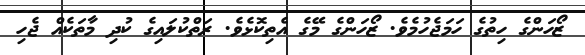
ޒޯހަންގެ ހިތުގެ ހަމަޖެހުމެވެ. ޒޯހަންގެ މޭގެ އެތިކޮޅެވެ. ރަތްކުލައިގެ ކުދި މާތަކެއް ޖެހި